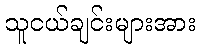
သူငယ်ချင်းများအား